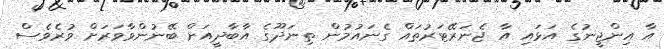
އާ އިންޖީނުގެ އަޅައި އާ ޖެނަރޭޓަރުތައް ގެނައުމުން ތިނަދޫގެ އާބާދީއަށް ބޭނުންވާވަރަށް ވުރެވެސް